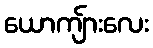
ယောကျ်ားလေး